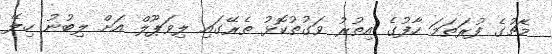
މެޗުގެ ފުރަތަމަ ހާފުގެ އިތުރު ވަގުތުކޮޅު ތެރޭގައި ލިވަޕޫލް އަށް ލިބުނު ހިލޭ